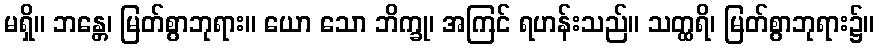
မရှိ။ ဘန္တေ၊ မြတ်စွာဘုရား။ ယော သော ဘိက္ခု၊ အကြင် ရဟန်းသည်။ သတ္ထရိ၊ မြတ်စွာဘုရား၌။